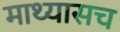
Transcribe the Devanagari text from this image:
माथ्यासच